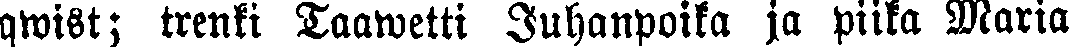
qwist; trenki Taawetti Juhanpoika ja piika Maria